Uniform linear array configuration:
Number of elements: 16
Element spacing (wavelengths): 0.5
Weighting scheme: kaiser
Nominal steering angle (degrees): -15
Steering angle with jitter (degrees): -14.545
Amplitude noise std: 0.05
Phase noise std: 0.05

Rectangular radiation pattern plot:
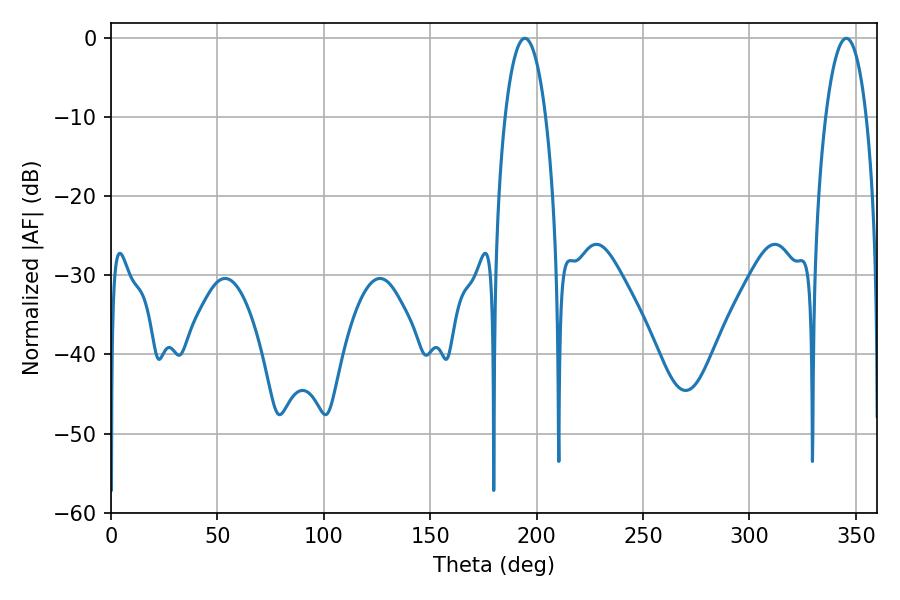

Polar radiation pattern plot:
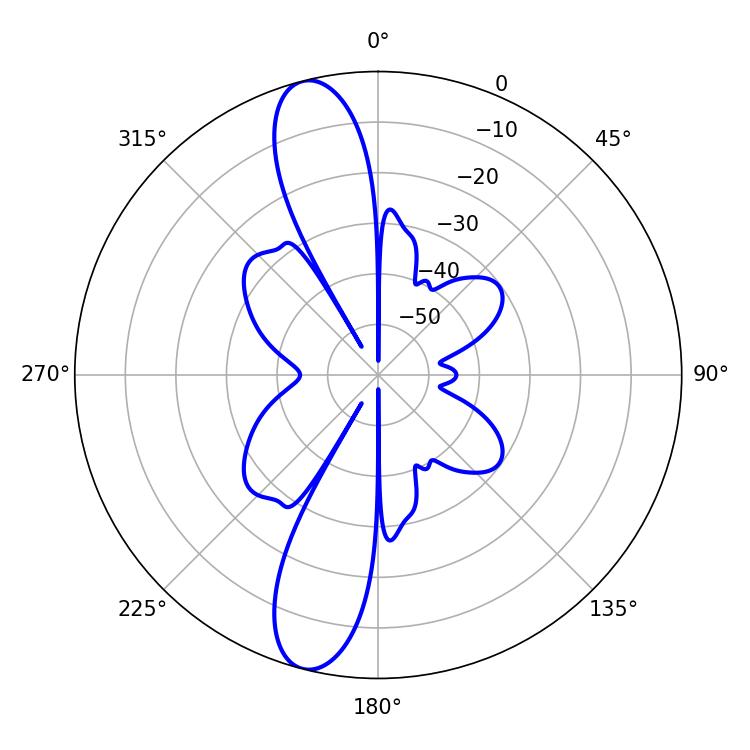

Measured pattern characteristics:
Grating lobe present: FALSE
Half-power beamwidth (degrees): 10.62
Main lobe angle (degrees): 194.4